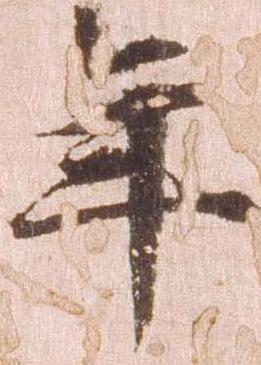
年